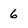
Character: 6